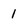
Character: 1